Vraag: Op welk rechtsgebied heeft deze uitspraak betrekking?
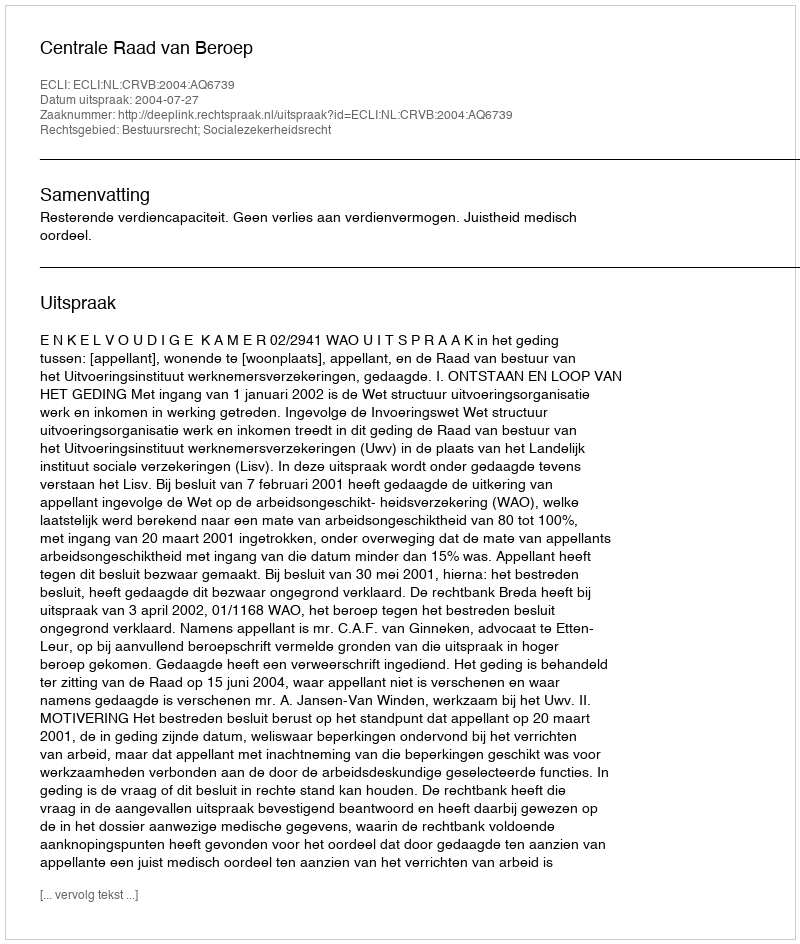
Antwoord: Bestuursrecht; Socialezekerheidsrecht